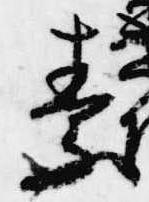
素